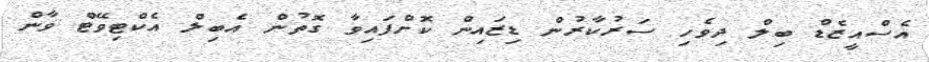
އެސްއީޒެޑް ބިލް ދިވެހި ސަރުކާރުން ޑިޒައިން ކޮށްފައިވާ ގޮތުން އެބިލް އެކްޓިވޭޓް ވާން